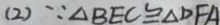
( 2 ) \because \Delta B E C \cong \Delta D F A